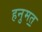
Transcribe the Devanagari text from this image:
हनुमत॒